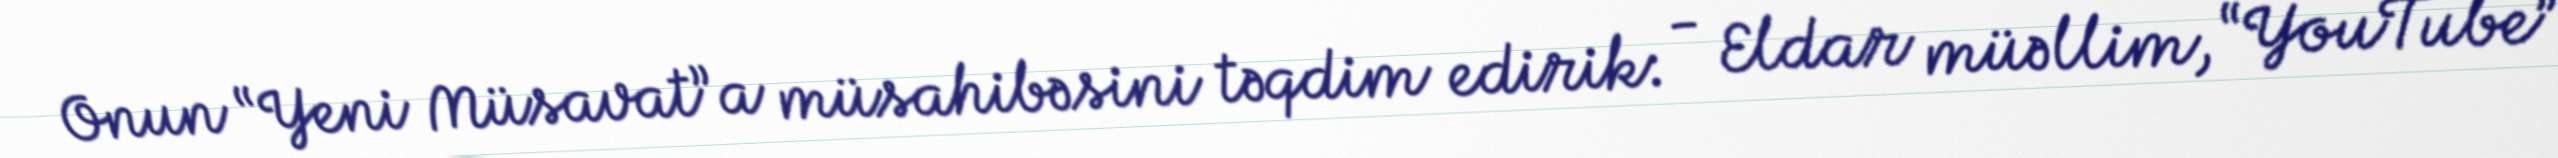
Onun “Yeni Müsavat”a müsahibəsini təqdim edirik: - Eldar müəllim, “YouTube”